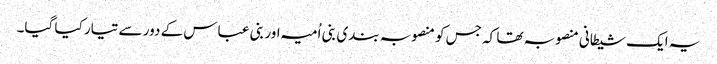
یہ ایک شیطانی منصوبہ تھا کہ جس کو منصوبہ بندی بنی اُمیہ اور بنی عباس کے دور سے تیار کیا گیا۔